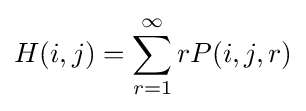
H(i,j)=\sum _{r=1}^{\infty }rP(i,j,r)